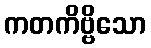
ကတကိဗ္ဗိသော